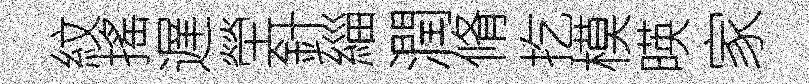
紋搖遅塋針緇潤脩扢模暎家